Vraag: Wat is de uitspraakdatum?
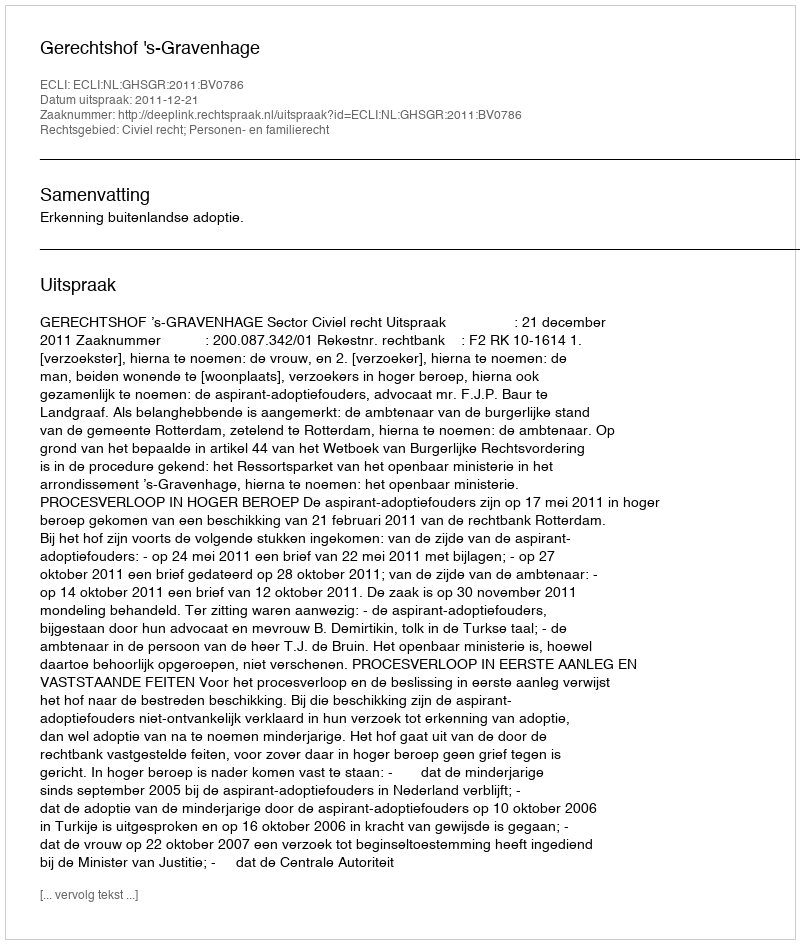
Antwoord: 2011-12-21